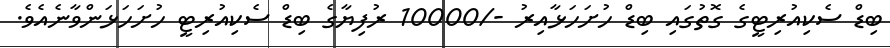
ބިޑް ސެކިއުރިޓީގެ ގޮތުގައި ބިޑް ހުށަހަޅާއިރު -/10000 ރުފިޔާގެ ބިޑް ސެކިއުރިޓީ ހުށަހަޅަންވާނެއެވެ.